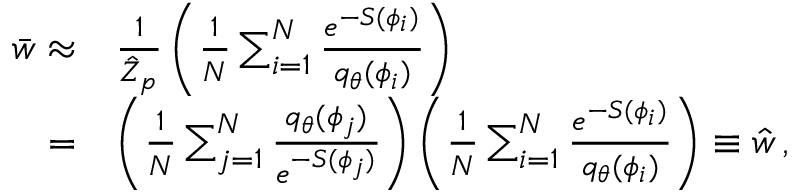
\begin{array} { r l } { \bar { w } \approx } & { \frac { 1 } { \hat { Z } _ { p } } \left( \frac { 1 } { N } \sum _ { i = 1 } ^ { N } \frac { e ^ { - S ( \phi _ { i } ) } } { { q } _ { \theta } ( \phi _ { i } ) } \right) } \\ { = } & { \left( \frac { 1 } { N } \sum _ { j = 1 } ^ { N } \frac { { q } _ { \theta } ( \phi _ { j } ) } { e ^ { - S ( \phi _ { j } ) } } \right) \left( \frac { 1 } { N } \sum _ { i = 1 } ^ { N } \frac { e ^ { - S ( \phi _ { i } ) } } { { q } _ { \theta } ( \phi _ { i } ) } \right) \equiv \hat { w } \, , } \end{array}